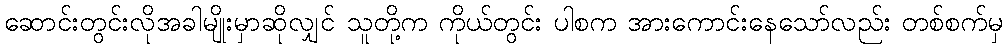
ဆောင်းတွင်းလိုအခါမျိုးမှာဆိုလျှင် သူတို့က ကိုယ်တွင်း ပါစက အားကောင်းနေသော်လည်း တစ်စက်မှ